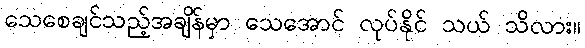
သေစေချင်သည့်အချိန်မှာ သေအောင် လုပ်နိုင် သယ် သိလား။